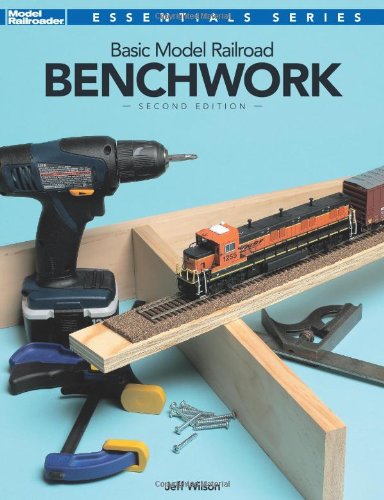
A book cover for Basic Model Railroad Benchwork (Model Railroader Essentials Series); Jeff Wilson; Crafts, Hobbies & Home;